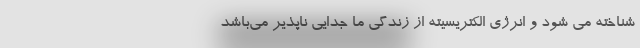
شناخته می شود و انرژی الکتریسیته از زندگی ما جدایی ناپذیر می‌باشد